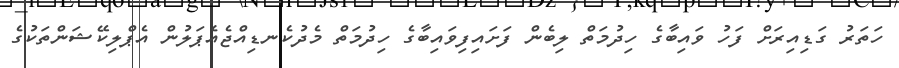
ހަތަރު ގަޑިއިރަށް ފަހު ވައިބާގެ ހިދުމަތް ލިބެން ފަށައިފިވައިބާގެ ހިދުމަތް މެދުކެނޑިއްޖެއެޕަލުން އެޕްލިކޭޝަންތަކުގެ